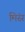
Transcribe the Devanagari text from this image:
मिस्रं